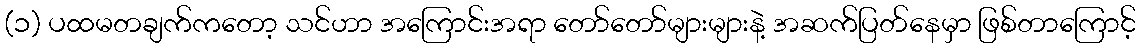
(၁) ပထမတချက်ကတော့ သင်ဟာ အကြောင်းအရာ တော်တော်များများနဲ့ အဆက်ပြတ်နေမှာ ဖြစ်တာကြောင့်